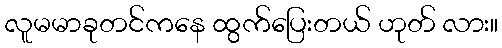
လူမမာခုတင်ကနေ ထွက်ပြေးတယ် ဟုတ် လား။